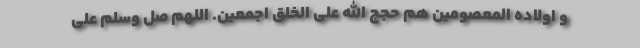
و اولاده المعصومین هم حجج الله علی الخلق اجمعین. اللهم صل وسلم علی